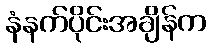
နံနက်ပိုင်းအချိန်က